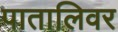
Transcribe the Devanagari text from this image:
पातालिवर